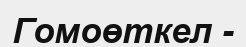
Гомоөткел -